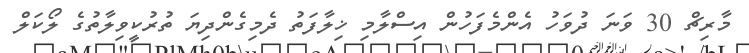
މާރިޗް 30 ވަނަ ދުވަހު އެންމެފަހުން އިސްލާމި ޚިލާފަތު ދެމިގެންދިޔަ ތުރުކީވިލާތުގެ ލޯކަލް